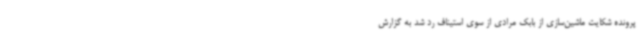
پرونده شکایت ماشین‌سازی از بابک مرادی از سوی استیناف رد شد به گزارش